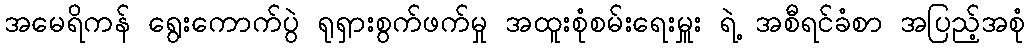
အမေရိကန် ရွေးကောက်ပွဲ ရုရှားစွက်ဖက်မှု အထူးစုံစမ်းရေးမှူး ရဲ့ အစီရင်ခံစာ အပြည့်အစုံ